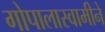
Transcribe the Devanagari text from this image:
गोपालास्वामीने